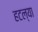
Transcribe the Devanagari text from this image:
हटल्या